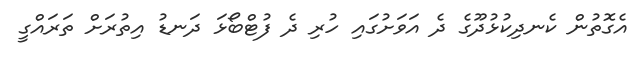
އެގޮތުން ކެނދިކުޅުދޫގެ ދެ އަވަށުގައި ހުރި ދެ ފުޓްބޯޅަ ދަނޑު އިތުރަށް ތަރައްގީ